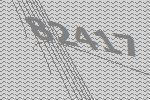
82417